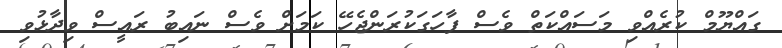
ގައްޔޫމް ކުރެއްވި މަސައްކަތް ވެސް ފާހަގަކުރަންޖެހޭ ކަމަށް ވެސް ނައިބު ރައީސް ވިދާޅުވި